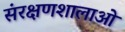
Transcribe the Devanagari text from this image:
संरक्षणशालाओं